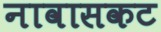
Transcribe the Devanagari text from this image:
नावासकट